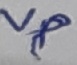
Text: Vp